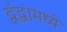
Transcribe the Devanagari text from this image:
द्वंद्वामध्ये